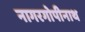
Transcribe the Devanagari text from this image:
नागरगोपीनाथ